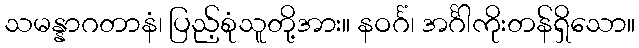
သမန္နာဂတာနံ၊ ပြည့်စုံသူတို့အား။ နဝင်္ဂံ၊ အင်္ဂါကိုးတန်ရှိသော။